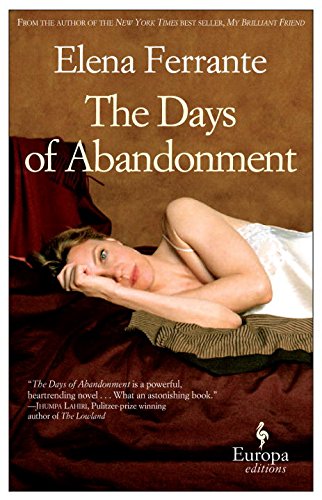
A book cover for The Days of Abandonment: 10th Anniversary Edition; Elena Ferrante; Mystery, Thriller & Suspense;